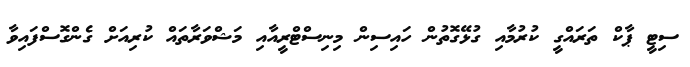
ސިޓީ ޕާކް ތަރައްގީ ކުރުމާއި ގުޅޭގޮތުން ހައިސިން މިނިސްޓްރީއާއި މަޝްވަރާތައް ކުރިއަށް ގެންގޮސްފައިވާ